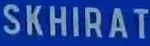
SKHIRAT